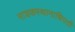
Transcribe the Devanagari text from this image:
नाशकस्थानाधिपती